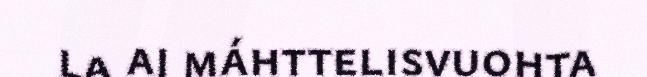
la aj máhttelisvuohta